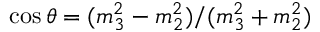
\cos \theta = ( m _ { 3 } ^ { 2 } - m _ { 2 } ^ { 2 } ) / ( m _ { 3 } ^ { 2 } + m _ { 2 } ^ { 2 } )